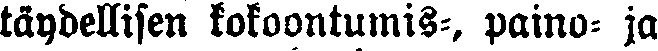
täydellisen kokoontumis-, paino- ja